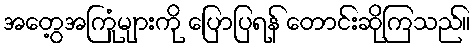
အတွေ့အကြုံများကို ပြောပြရန် တောင်းဆိုကြသည်။